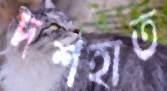
দশহাত